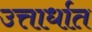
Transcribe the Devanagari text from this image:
उत्तार्धात